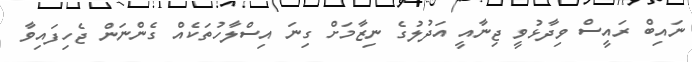
ނައިބް ރައީސް ވިދާޅުވީ ޖިނާއީ އަދުލުގެ ނިޒާމަށް ގިނަ އިސްލާހުތަކެއް ގެންނަން ޖެހިފައިވާ